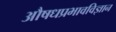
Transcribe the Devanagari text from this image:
औषधप्रभावविज्ञान